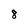
Character: 8